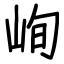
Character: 峋